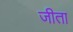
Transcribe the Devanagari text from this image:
जीता